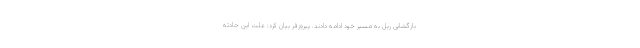
بازگشایی ریل به مسیر خود ادامه دادند. پیروزفر بیان کرد: علت این حادثه